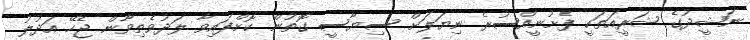
ނަޝީދުގެ ޝަރީއަތަކީ ފެށުނީއްސުރެ ނިޔަލަށް ސިޔާސީ ގޮތުން ކޮށްފައިވާ ލަދުވެތިވާން ޖެހޭ އަދުލު